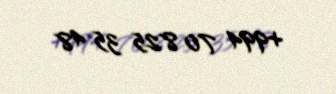
+994 70 825 35 48